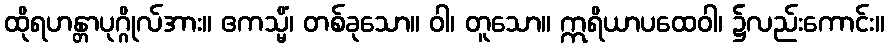
ထိုရဟန္တာပုဂ္ဂိုလ်အား။ ဧကသ္မိံ၊ တစ်ခုသော။ ဝါ၊ တူသော။ ဣရိယာပထေဝါ၊ ၌လည်းကောင်း။